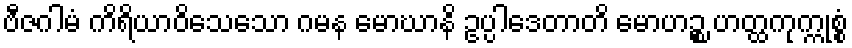
ဗီဇဂါမံ ကိရိယာဝိသေသော ဂမန မောဃာနိ ဥပ္ပါဒေတာတိ မောဟဉ္စ ဟတ္ထကုက္ကုစ္စံ